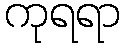
ကုရရာ